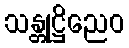
သန္တုဋ္ဌိညေဝ